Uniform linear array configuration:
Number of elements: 24
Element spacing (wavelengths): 0.5
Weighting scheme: kaiser
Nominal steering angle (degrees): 30
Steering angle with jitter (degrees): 28.791
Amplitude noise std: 0.05
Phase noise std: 0.05

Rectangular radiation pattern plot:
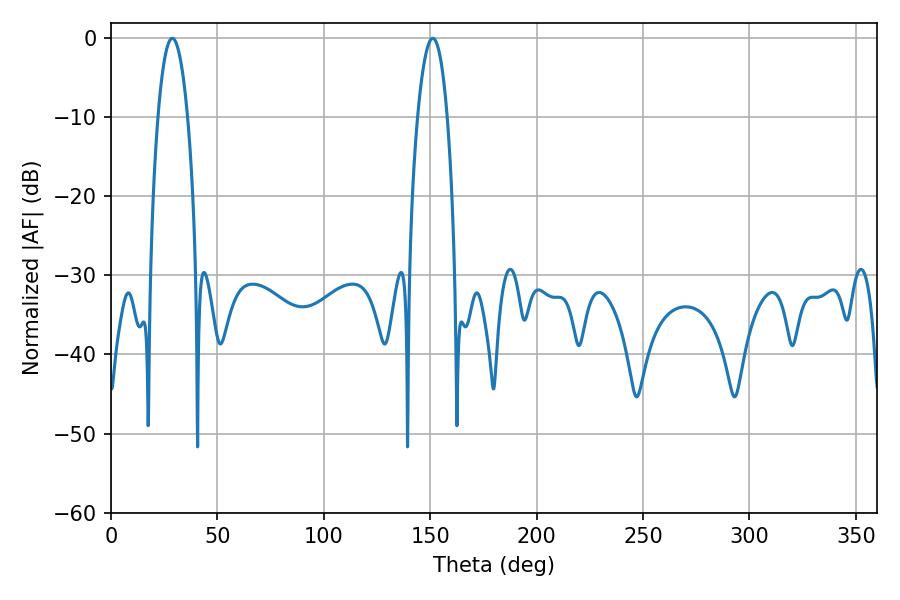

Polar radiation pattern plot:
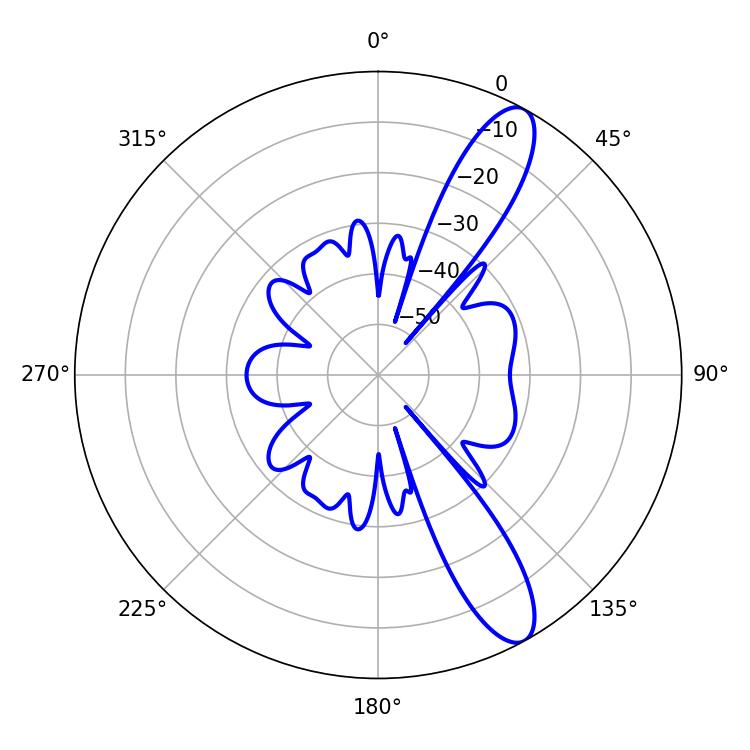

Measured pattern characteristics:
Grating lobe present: FALSE
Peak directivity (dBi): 11.56
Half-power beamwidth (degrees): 7.74
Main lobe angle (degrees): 28.8